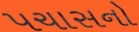
પચાસનો